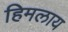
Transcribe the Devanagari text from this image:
हिमलाय